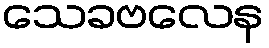
သေခဗလေန